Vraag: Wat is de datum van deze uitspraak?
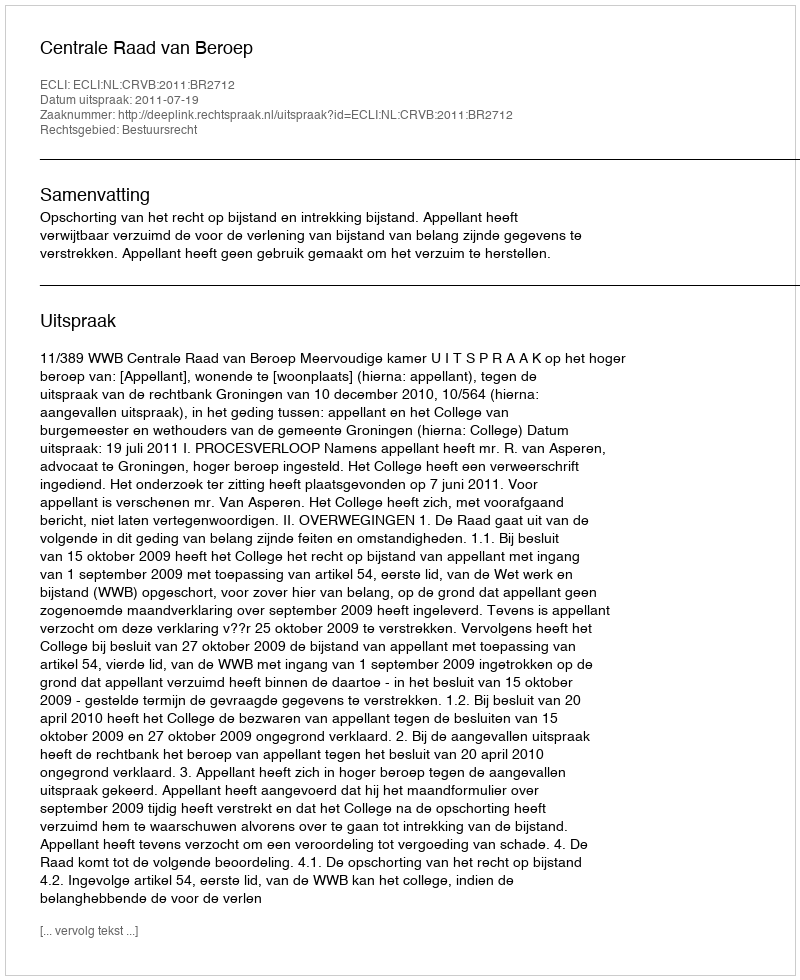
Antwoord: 2011-07-19